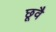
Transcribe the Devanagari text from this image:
छूवै